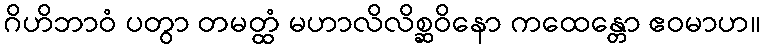
ဂိဟိဘာဝံ ပတွာ တမတ္ထံ မဟာလိလိစ္ဆဝိနော ကထေန္တော ဧဝမာဟ။